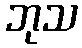
ဘုသ